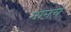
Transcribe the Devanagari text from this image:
मानय